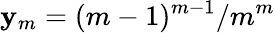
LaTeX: \mathbf{y}_{m}=(m-1)^{m-1}/m^{m}